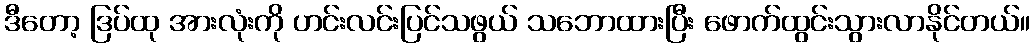
ဒီတော့ ဒြပ်ထု အားလုံးကို ဟင်းလင်းပြင်သဖွယ် သဘောထားပြီး ဖောက်ထွင်းသွားလာနိုင်တယ်။